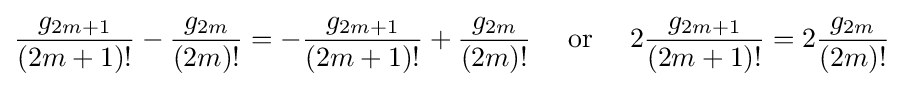
{\frac {g_{2m+1}}{(2m+1)!}}-{\frac {g_{2m}}{(2m)!}}=-{\frac {g_{2m+1}}{(2m+1)!}}+{\frac {g_{2m}}{(2m)!}}\quad {\mbox{ or }}\quad 2{\frac {g_{2m+1}}{(2m+1)!}}=2{\frac {g_{2m}}{(2m)!}}